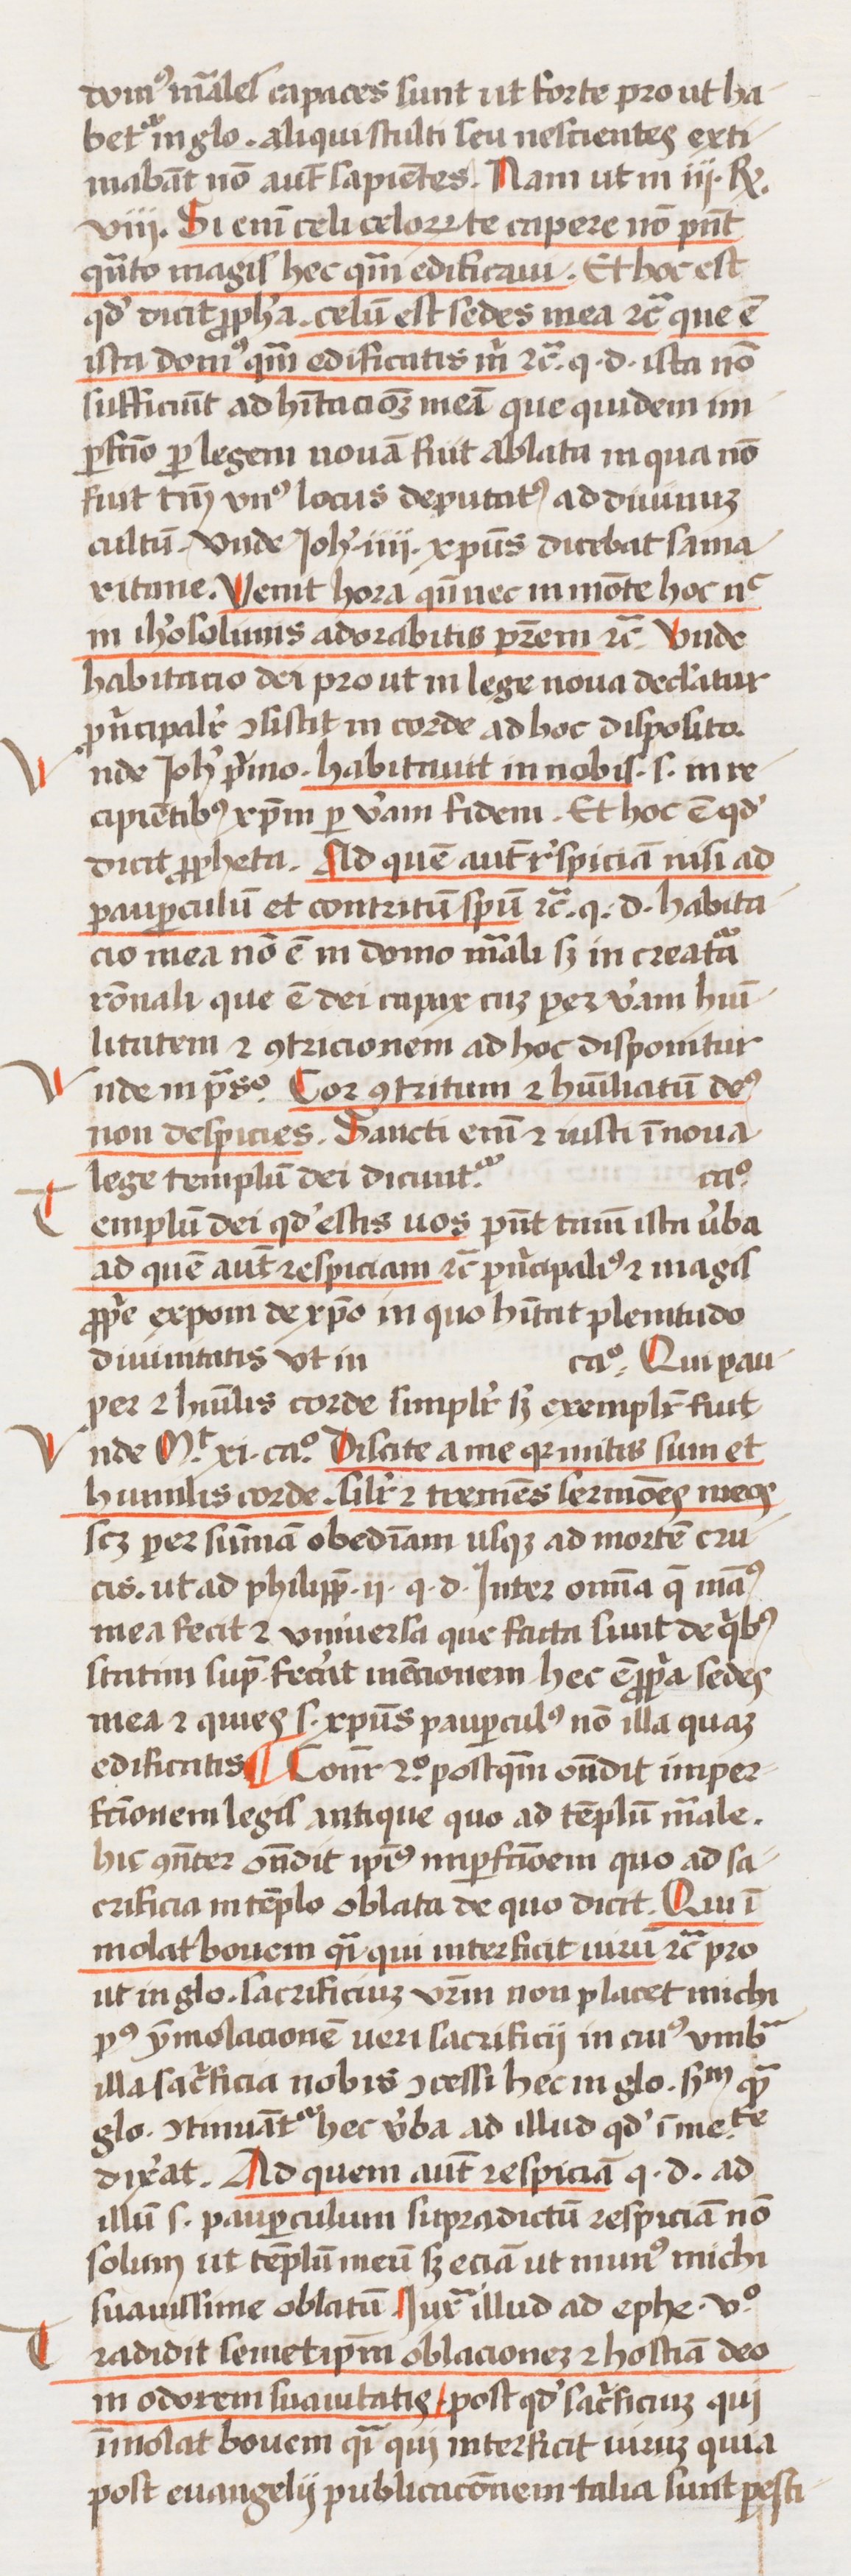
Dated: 1433–1465